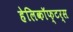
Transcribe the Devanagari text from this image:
हेलिकॉफ्टर्स